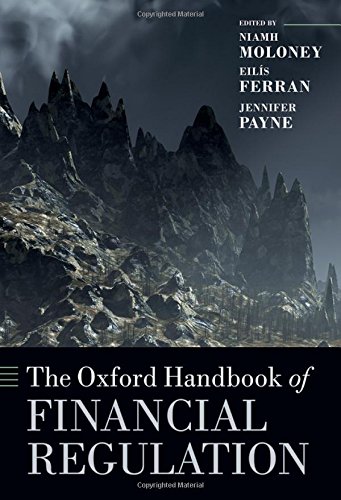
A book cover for The Oxford Handbook of Financial Regulation (Oxford Handbooks in Law); Law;